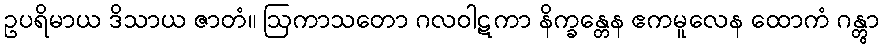
ဥပရိမာယ ဒိသာယ ဇာတံ။ ဩကာသတော ဂလဝါဋကာ နိက္ခန္တေန ဧကမူလေန ထောကံ ဂန္တွာ